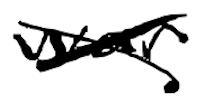
Text: war
Cross-out: cross
Writing tool: digital_black